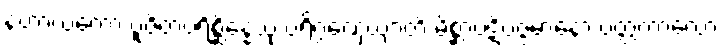
နဟာယတော ပူဇိတပရိစ္ဆိန္နေသု ပရိဂ္ဂဏှေယျာတိ မိစ္ဆာပဋိပဇ္ဇမာနော ပတ္တကာလော